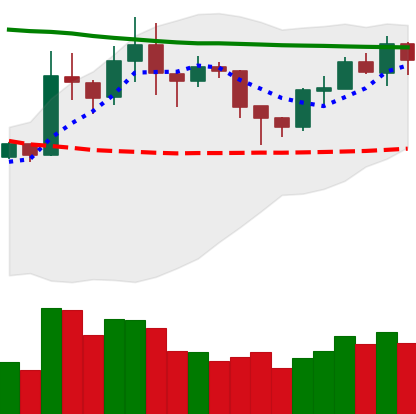
Ticker: XRP-USD
Chart end date: 2020-01-31
Forward return: 15.982%
Label: up_7plus